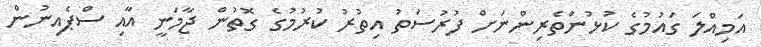
އަމިއްލަ ގައުމުގެ ކުޅުންތެރިންނަށް ފުުރުސަތު އިތުުރު ކުރުމުގެ ގޮތުން ޖާމަނީ އާއި ސްޕެއިނުން